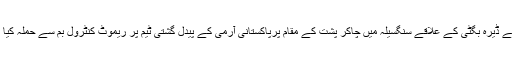
اس کے علاوہ بلوچ ریپبلکن آرمی کے سرمچاروں نے ڈیرہ بگٹی کے علاقے سنگسیلہ میں چاکر پشت کے مقام پرپاکستانی آرمی کے پیدل گشتی ٹیم پر ریموٹ کنٹرول بم سے حملہ کیا اس حملے میں تین اہلکار ہلاک اور دو زخمی ہوئے۔